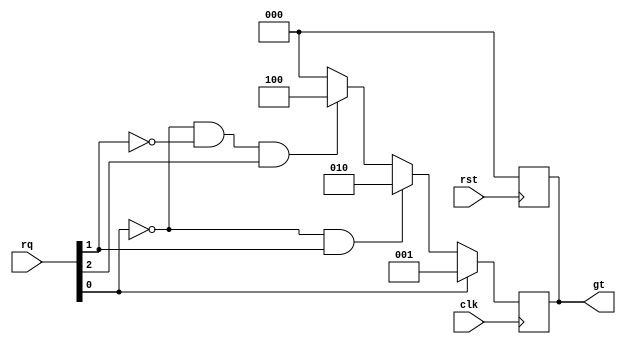


module arbiter(
    input clk,
    input rst,
    input [2:0] rq,
    output reg [2:0]  gt
);

    localparam IDLE = 3'b000;
    localparam GT1 = 3'b001;
    localparam GT2 = 3'b010;
    localparam GT3 = 3'b100;

    always @ (negedge rst) begin
        gt <= IDLE;
    end

    always @ (posedge clk) begin

        if(rq[0]) 
            gt <= GT1;
        else if(~rq[0] & rq[1])
            gt <= GT2;
        else if(~rq[0] & ~rq[1] & rq[2])
            gt <= GT3;
        else
            gt <= IDLE;

    end

endmodule